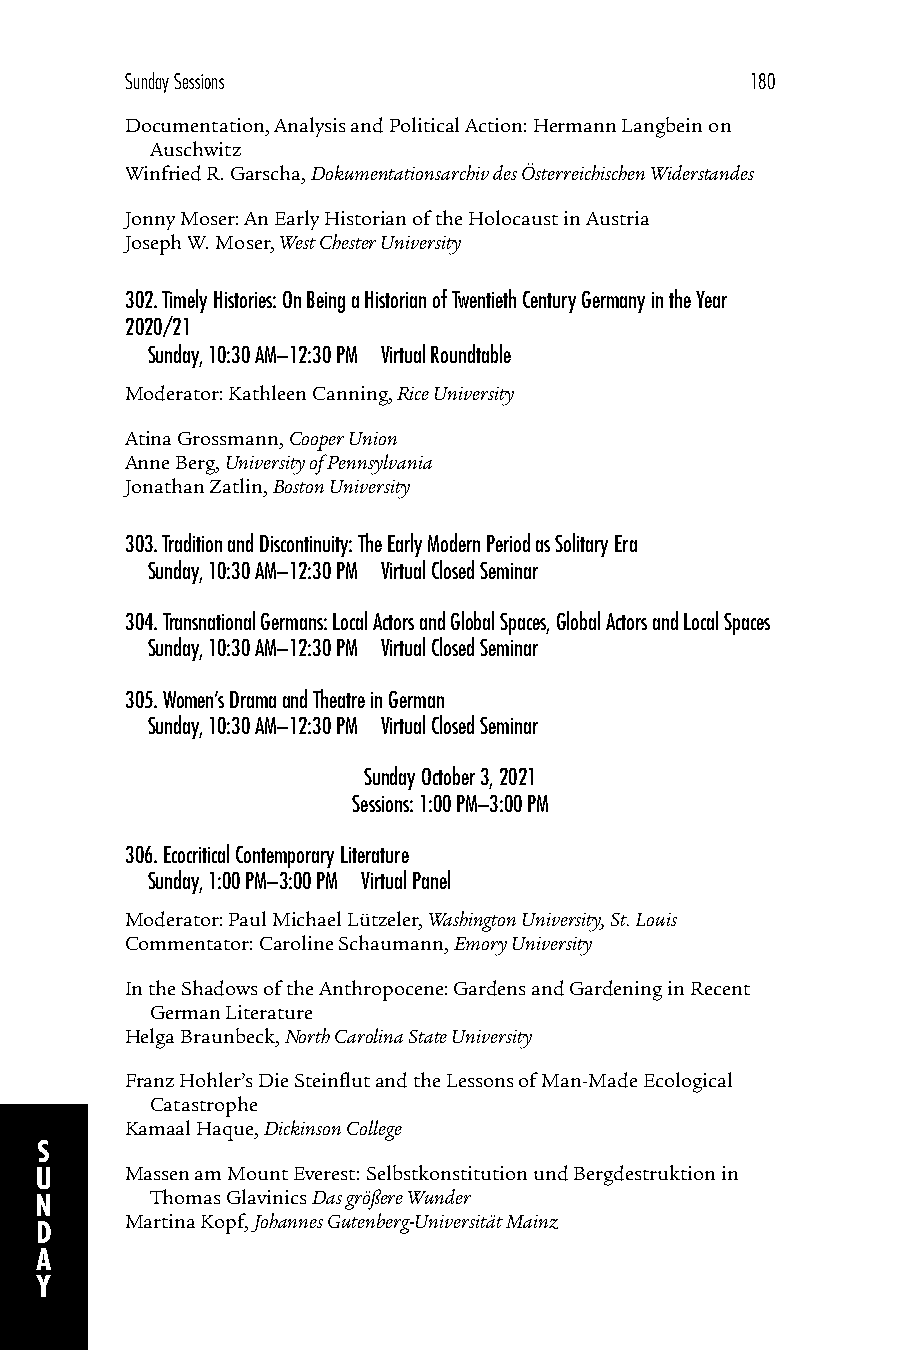
Sunday Sessions                           180
 Documentation, Analysis and Political Action: Hermann Langbein on
 Auschwitz
 Winfried R. Garscha, Dokumentationsarchiv des Österreichischen Widerstandes
 Jonny Moser: An Early Historian of the Holocaust in Austria
 Joseph W. Moser, West Chester University
 302.Timely Histories: On Being a Historian of Twentieth Century Germany in the Year
 2020/21
 Sunday, 10:30 AM–12:30 PM Virtual Roundtable
 Moderator: Kathleen Canning, Rice University
 Atina Grossmann, Cooper Union
 Anne Berg, University of Pennsylvania
 Jonathan Zatlin, Boston University
 303.Tradition and Discontinuity: The Early Modern Period as Solitary Era
 Sunday, 10:30 AM–12:30 PM Virtual Closed Seminar
 304.Transnational Germans: Local Actors and Global Spaces, Global Actors and Local Spaces
 Sunday, 10:30 AM–12:30 PM Virtual Closed Seminar
 305.Women’s Drama and Theatre in German
 Sunday, 10:30 AM–12:30 PM Virtual Closed Seminar
 Sunday October 3, 2021
 Sessions: 1:00 PM–3:00 PM
 306.Ecocritical Contemporary Literature
 Sunday, 1:00 PM–3:00 PM Virtual Panel
 Moderator: Paul Michael Lützeler, Washington University, St. Louis
 Commentator: Caroline Schaumann, Emory University
 In the Shadows of the Anthropocene: Gardens and Gardening in Recent
 German Literature
 Helga Braunbeck, North Carolina State University
 Franz Hohler’s Die Steinflut and the Lessons of Man-Made Ecological
 Catastrophe
 Kamaal Haque, Dickinson College
 S
 U     Massen am Mount Everest: Selbstkonstitution und Bergdestruktion in
 N       Thomas Glavinics Das größere Wunder
 Martina Kopf, Johannes Gutenberg-Universität Mainz
 D
 A
 Y